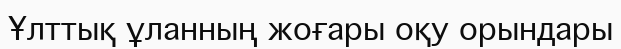
Ұлттық ұланның жоғары оқу орындары